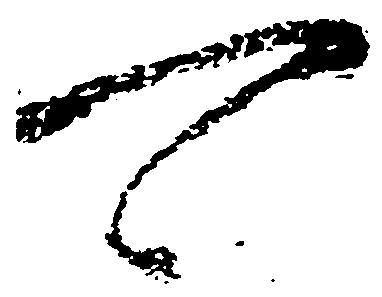
可